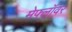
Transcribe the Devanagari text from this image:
मेफ्लॉवर